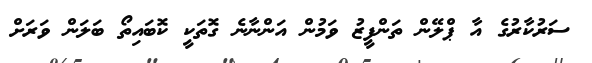
ސަރުކާރުގެ އާ ޕްލޭން ތަންފީޒު ވަމުން އަންނާނެ ގޮތަކީ ކޮބައިތޯ ބަލަން ވަރަށް